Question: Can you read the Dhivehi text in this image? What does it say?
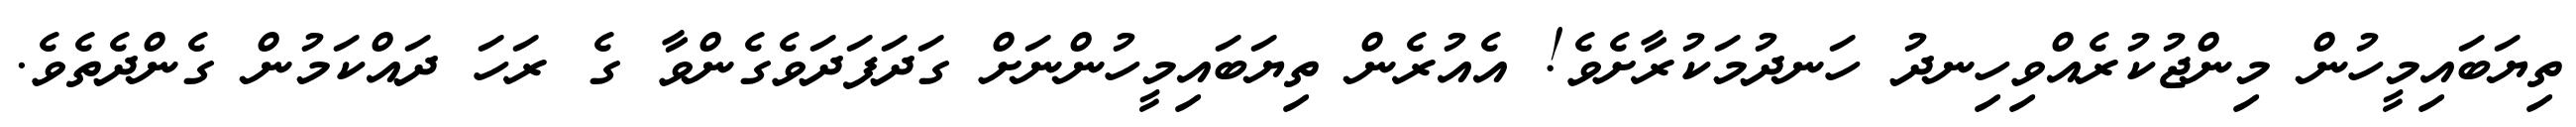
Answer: ތިޔަބައިމީހުން މިންޖުކުރެއްވިހިނދު ހަނދުމަކުރާށެވެ! އެއުރެން ތިޔަބައިމީހުންނަށް ގަދަފަދަވެގެންވާ ގެ ރަހަ ދައްކަމުން ގެންދެތެވެ.